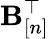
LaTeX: {\mathbf B}_{[n]}^{\top}